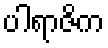
ပါရာဇိက